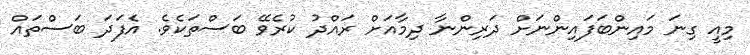
މިއީ ގިނަ މައިންބަފައިންނަށް ދަރިންނާ ދިމާއަށް ރައްދު ކުރެވޭ ބަސްތަކެވެ. އެފަދަ ބަސްތައް